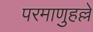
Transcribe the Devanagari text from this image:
परमाणुहल्ले